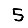
Digit: 5